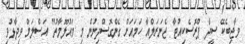
ވާޖިބެކޭ ސީދާ ޕްރޮސެކިއުޓާ ޖެނަރަލްއާ ހަމައަށް ގެންގޮސްދިނުން މި މައުލޫމާތު" އަސްލަމް ވިދާޅުވި